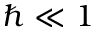
\hbar \ll 1